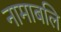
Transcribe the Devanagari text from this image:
नामाबलि